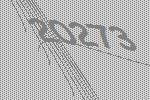
20273